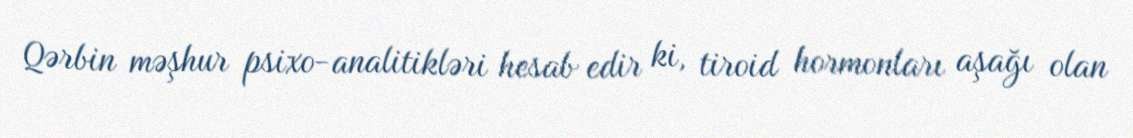
Qərbin məşhur psixo-analitikləri hesab edir ki, tiroid hormonları aşağı olan